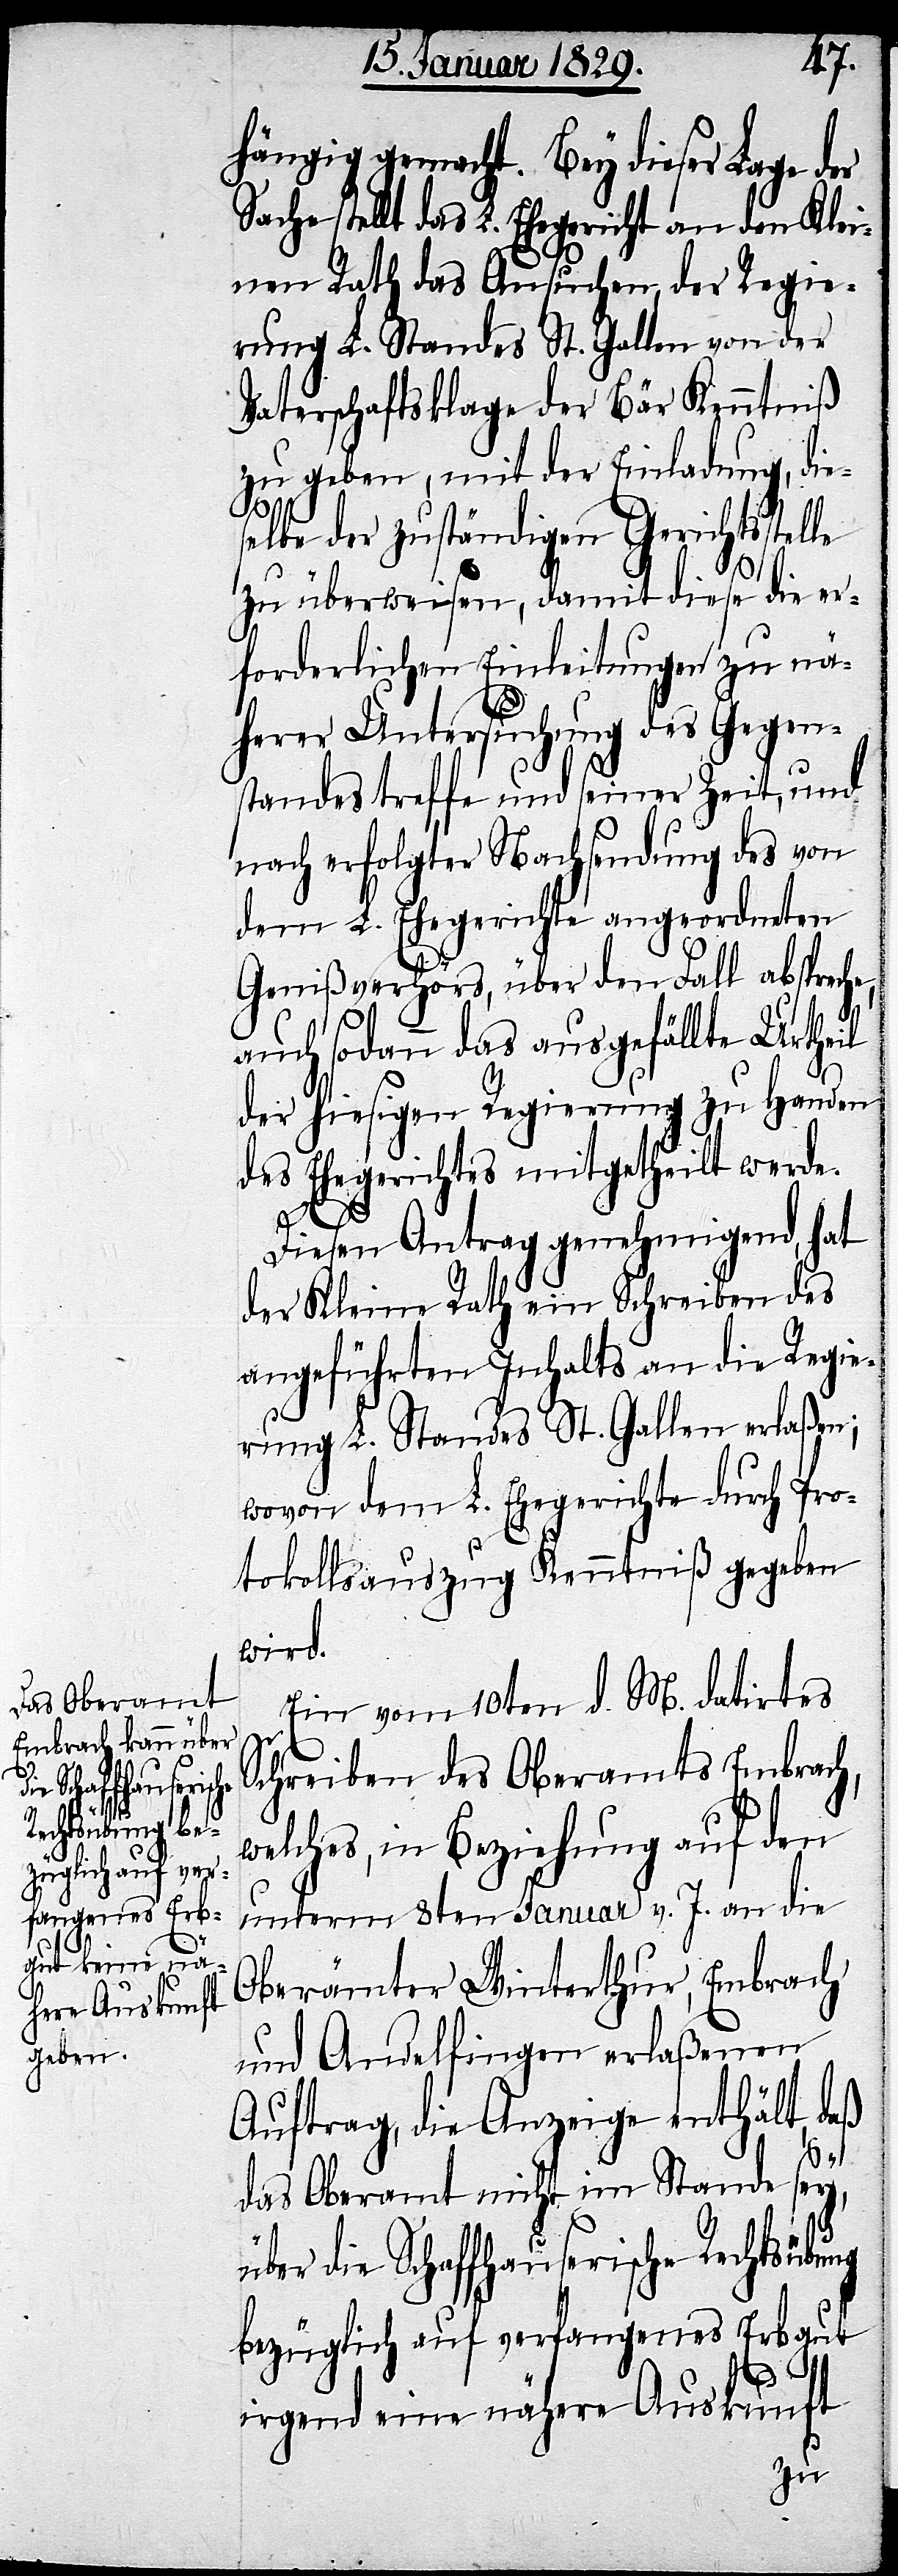
hängig gemacht. Bey dieser Lage der
Sache stellt das L. Ehegericht an den Klei¬
nen Rath das Ansuchen, der Regie¬
rung L. Standes St. Gallen von der
Vaterschaftsklage der Bär Kenntniß
zu geben, mit der Einladung, die¬
selbe der zuständigen Gerichtsstel¬
zu überweisen, damit diese die er¬
forderlichen Einleitungen zu nä¬
herer Untersuchung des Gegen¬
standes treffe und seiner Zeit, und
nach erfolgter Nachsendung des von
dem L. Ehegerichte angeordneten
Genißverhörs, über den Fall abspreche,
auch sodann das ausgefällte Urtheil
der hiesigen Regierung zu Handen
des Ehegerichtes mitgetheilt werde.
Diesen Antrag genehmigend, hat
der Kleine Rath ein Schreiben des
angeführten Inhalts an die Regie¬
rung L. Standes St. Gallen erlaßen;
wovon dem L. Ehegericht durch Pro¬
tokollsauszug Kenntniß gegeben
wird.
Ein vom 10ten d. M. datirtes
Schreiben des Oberamts Embrach,
welches, in Beziehung auf den
unterm 8ten Januar v. J. an die
Oberämter Winterthur, Embrach
und Andelfingen erlaßenen
Auftrag, die Anzeige enthält, daß
le
das Oberamt nicht im Stande sey,
über die Schaffhauserische Rechtsübung
bezüglich auf verfangenes Erbgut
irgend eine nähere Auskunft